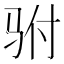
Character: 驸